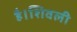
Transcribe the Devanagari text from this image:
है।शिवली